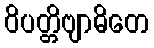
ဝိပတ္တိဗျာဓိတေ